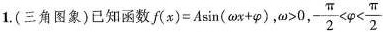
1(三角图象)已知函数$$f ( x ) = A \sin ( \omega x+ \varphi )$$,$$\omega >0$$,$$- \frac{ π } { 2 } < \varphi < \frac { π } { 2 }$$